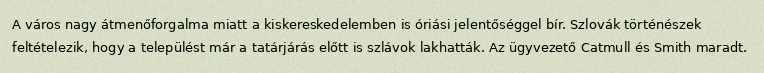
A város nagy átmenőforgalma miatt a kiskereskedelemben is óriási jelentőséggel bír. Szlovák történészek feltételezik, hogy a települést már a tatárjárás előtt is szlávok lakhatták. Az ügyvezető Catmull és Smith maradt.